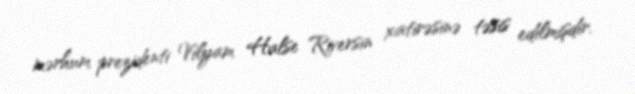
mərhum prezidenti Vilyam Halse Riversin xatirəsinə təsis edilmişdir.